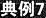
典例7